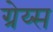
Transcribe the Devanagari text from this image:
ग्रेय्स